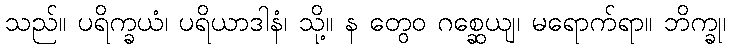
သည်။ ပရိက္ခယံ၊ ပရိယာဒါနံ၊ သို့။ န တွေဝ ဂစ္ဆေယျ၊ မရောက်ရာ။ ဘိက္ခု၊